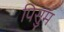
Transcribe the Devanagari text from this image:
पिसुम